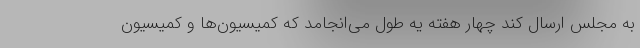
به مجلس ارسال کند چهار هفته یه طول می‌انجامد که کمیسیون‌ها و کمیسیون